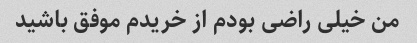
من خیلی راضی بودم از خریدم موفق باشید